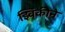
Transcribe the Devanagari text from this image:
झ्विकीने